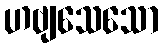
ဟဗျသေသော